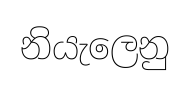
නියැලෙනු